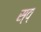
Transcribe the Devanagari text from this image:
स्व्